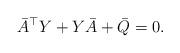
LaTeX: \begin{align*} \bar{A}^{\top} Y + Y\bar{A} + \bar{Q} = 0.\end{align*}